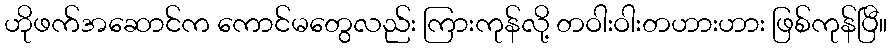
ဟိုဖက်အဆောင်က ကောင်မတွေလည်း ကြားကုန်လို့ တဝါးဝါးတဟားဟား ဖြစ်ကုန်ပြီ။